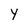
Character: Y